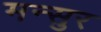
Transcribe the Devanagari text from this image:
मन्सुर